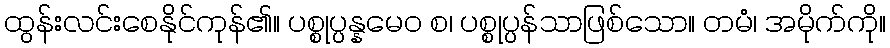
ထွန်းလင်းစေနိုင်ကုန်၏။ ပစ္စုပ္ပန္နမေဝ စ၊ ပစ္စုပ္ပန်သာဖြစ်သော။ တမံ၊ အမိုက်ကို။